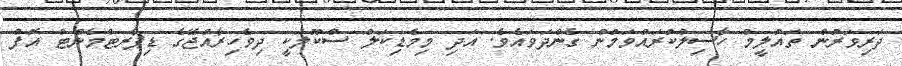
ދަރިވަރުން ތައުލީމް ހާސިލްކުރައްވަމުން ގެންދަވައެވެ. އަދި މިމެޑިކަލް ސްކޫލަކީ ދިވެހިރާއްޖޭގެ ޑިޕާރޓްމެންޓް އޮފް